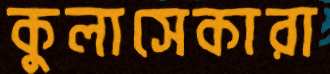
কুলাসেকারা